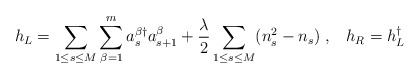
\begin{align*}h_L = \sum_{1\leq s \leq M} \sum_{\beta=1}^{m} a_s^{\beta \dag}a_{s+1}^{\beta}+ \frac{\lambda}{2}\sum_{1\leq s \leq M}( n_s^2 - n_s ) \; ,\;\; \; h_R =h_L^{\dag}\end{align*}